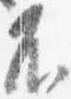
不